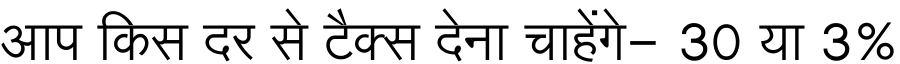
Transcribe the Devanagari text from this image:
आप किस दर से टैक्स देना चाहेंगे- 30 या 3%